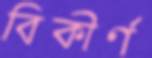
বিকীর্ণ